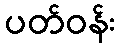
ပတ်ဝန်း